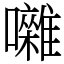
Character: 囃